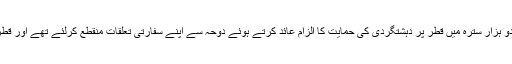
واضح رہے کہ سعودی عرب، متحدہ عرب امارات، بحرین اور مصر نے جون دو ہزار سترہ میں قطر پر دہشتگردی کی حمایت کا الزام عائد کرتے ہوئے دوحہ سے اپنے سفارتی تعلقات منقطع کرلئے تھے اور قطر کے ساتھ ملنے والی اپنی زمینی سمندری اور فضائی سرحدیں بند کر دی تھیں۔